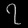
Digit: ၇